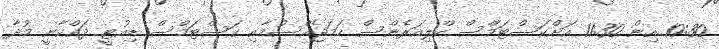
10:30 އިން 11:30 އަށްކަސްޓަމްސް ކްލިއަރެންސް ހަމަޖެއްސުމާއި ކަސްޓަމްސް ޑިއުޓީ ދައްކާނީ މުދާ